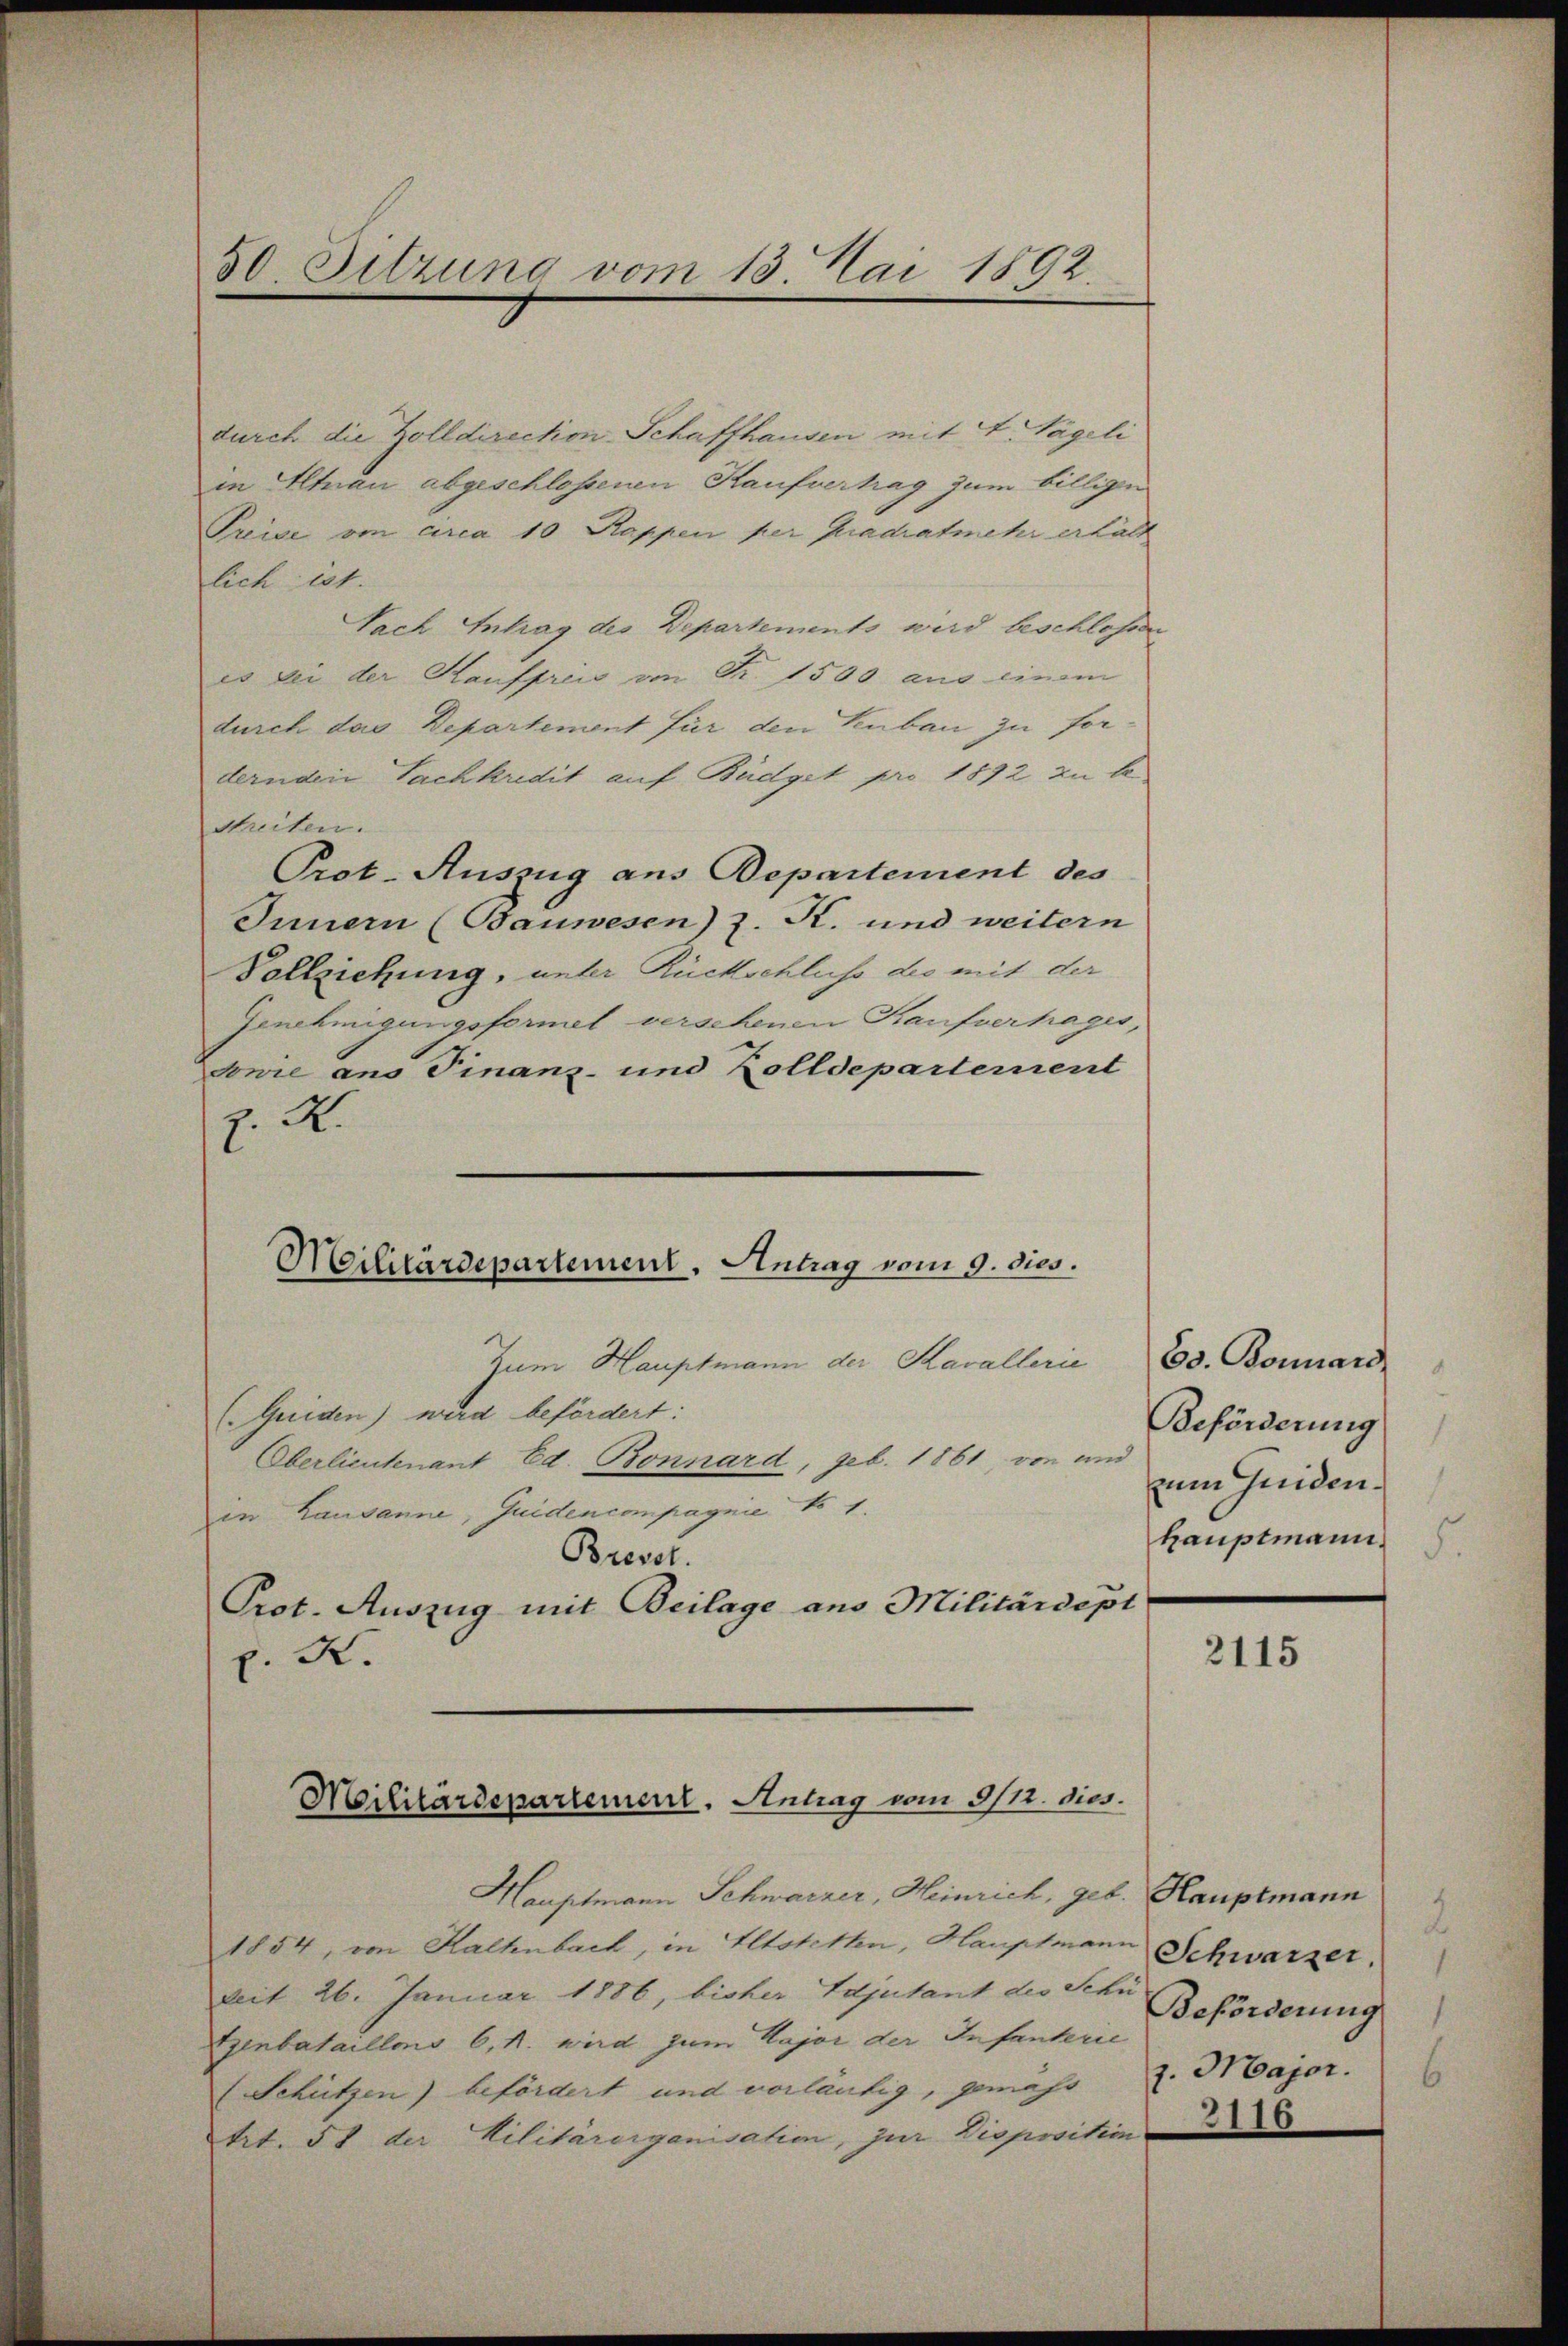
50 Sitzung vom 13. Mai 1892

durch die Zolldirection Schaffhausen mit 4 Tägeli
in Altnau abgeschlossenen Kaufverhag zum billigen
Preise von arca 10 Kappen per pradratmehr erhält
lich ist.
Fach Antrag des Departements wird beschlossen
es bei der Kaufpreis an Fr. 1500 aus einem
durch das Departement für den Venbau zu fordernden Fachkredit auf Büdget pro 1872 zu bestreiten.
Prot. Auszug aus Departement des
Innern (Bauwesen) z. K. und weitern
Vollziehung, unter Rückschluss des mit der
Genehmigungsformel versehenen Kaufvertages,
donie ans Finanz- und Zolldepartement
z. R.
Zum Hauptmann der Kavallerie
(Griden) wird befördert:
Oberlieutnant Ed. Bonnard, geb. 1881, von an zum Guiden.
in Lausanne, Guidencompagnie No 1.
Brevet.
Prot. Auszug mit Beilage ans Militärdept
x. K.

Militärdepartement. Antrag vom 9. dies.

Hauptmann Schwarzer, Heinrich, geb.
1854, von Kaltenbach, in Altstetten, Hauptmann Schwarzer,
Mit 26. Januar 1886, bisher Adjutant des Schr Beförderung
Exenbataillons 6, N. wird zum Major der Infanterie
(Schützen) befördert und vorläufig, gemassl. Major.
trt. 51 der Kilitärorganisation, zur Dispositio

Militärdepartement. Antrag vom 9/12. dies.

60. Bonard
Beförderung
hauptmann.

2115

Hauptmann
2

3116